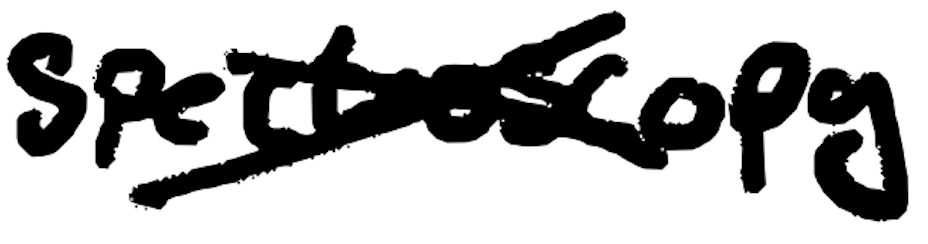
Text: spectroscopy
Cross-out: mix
Writing tool: digital_black